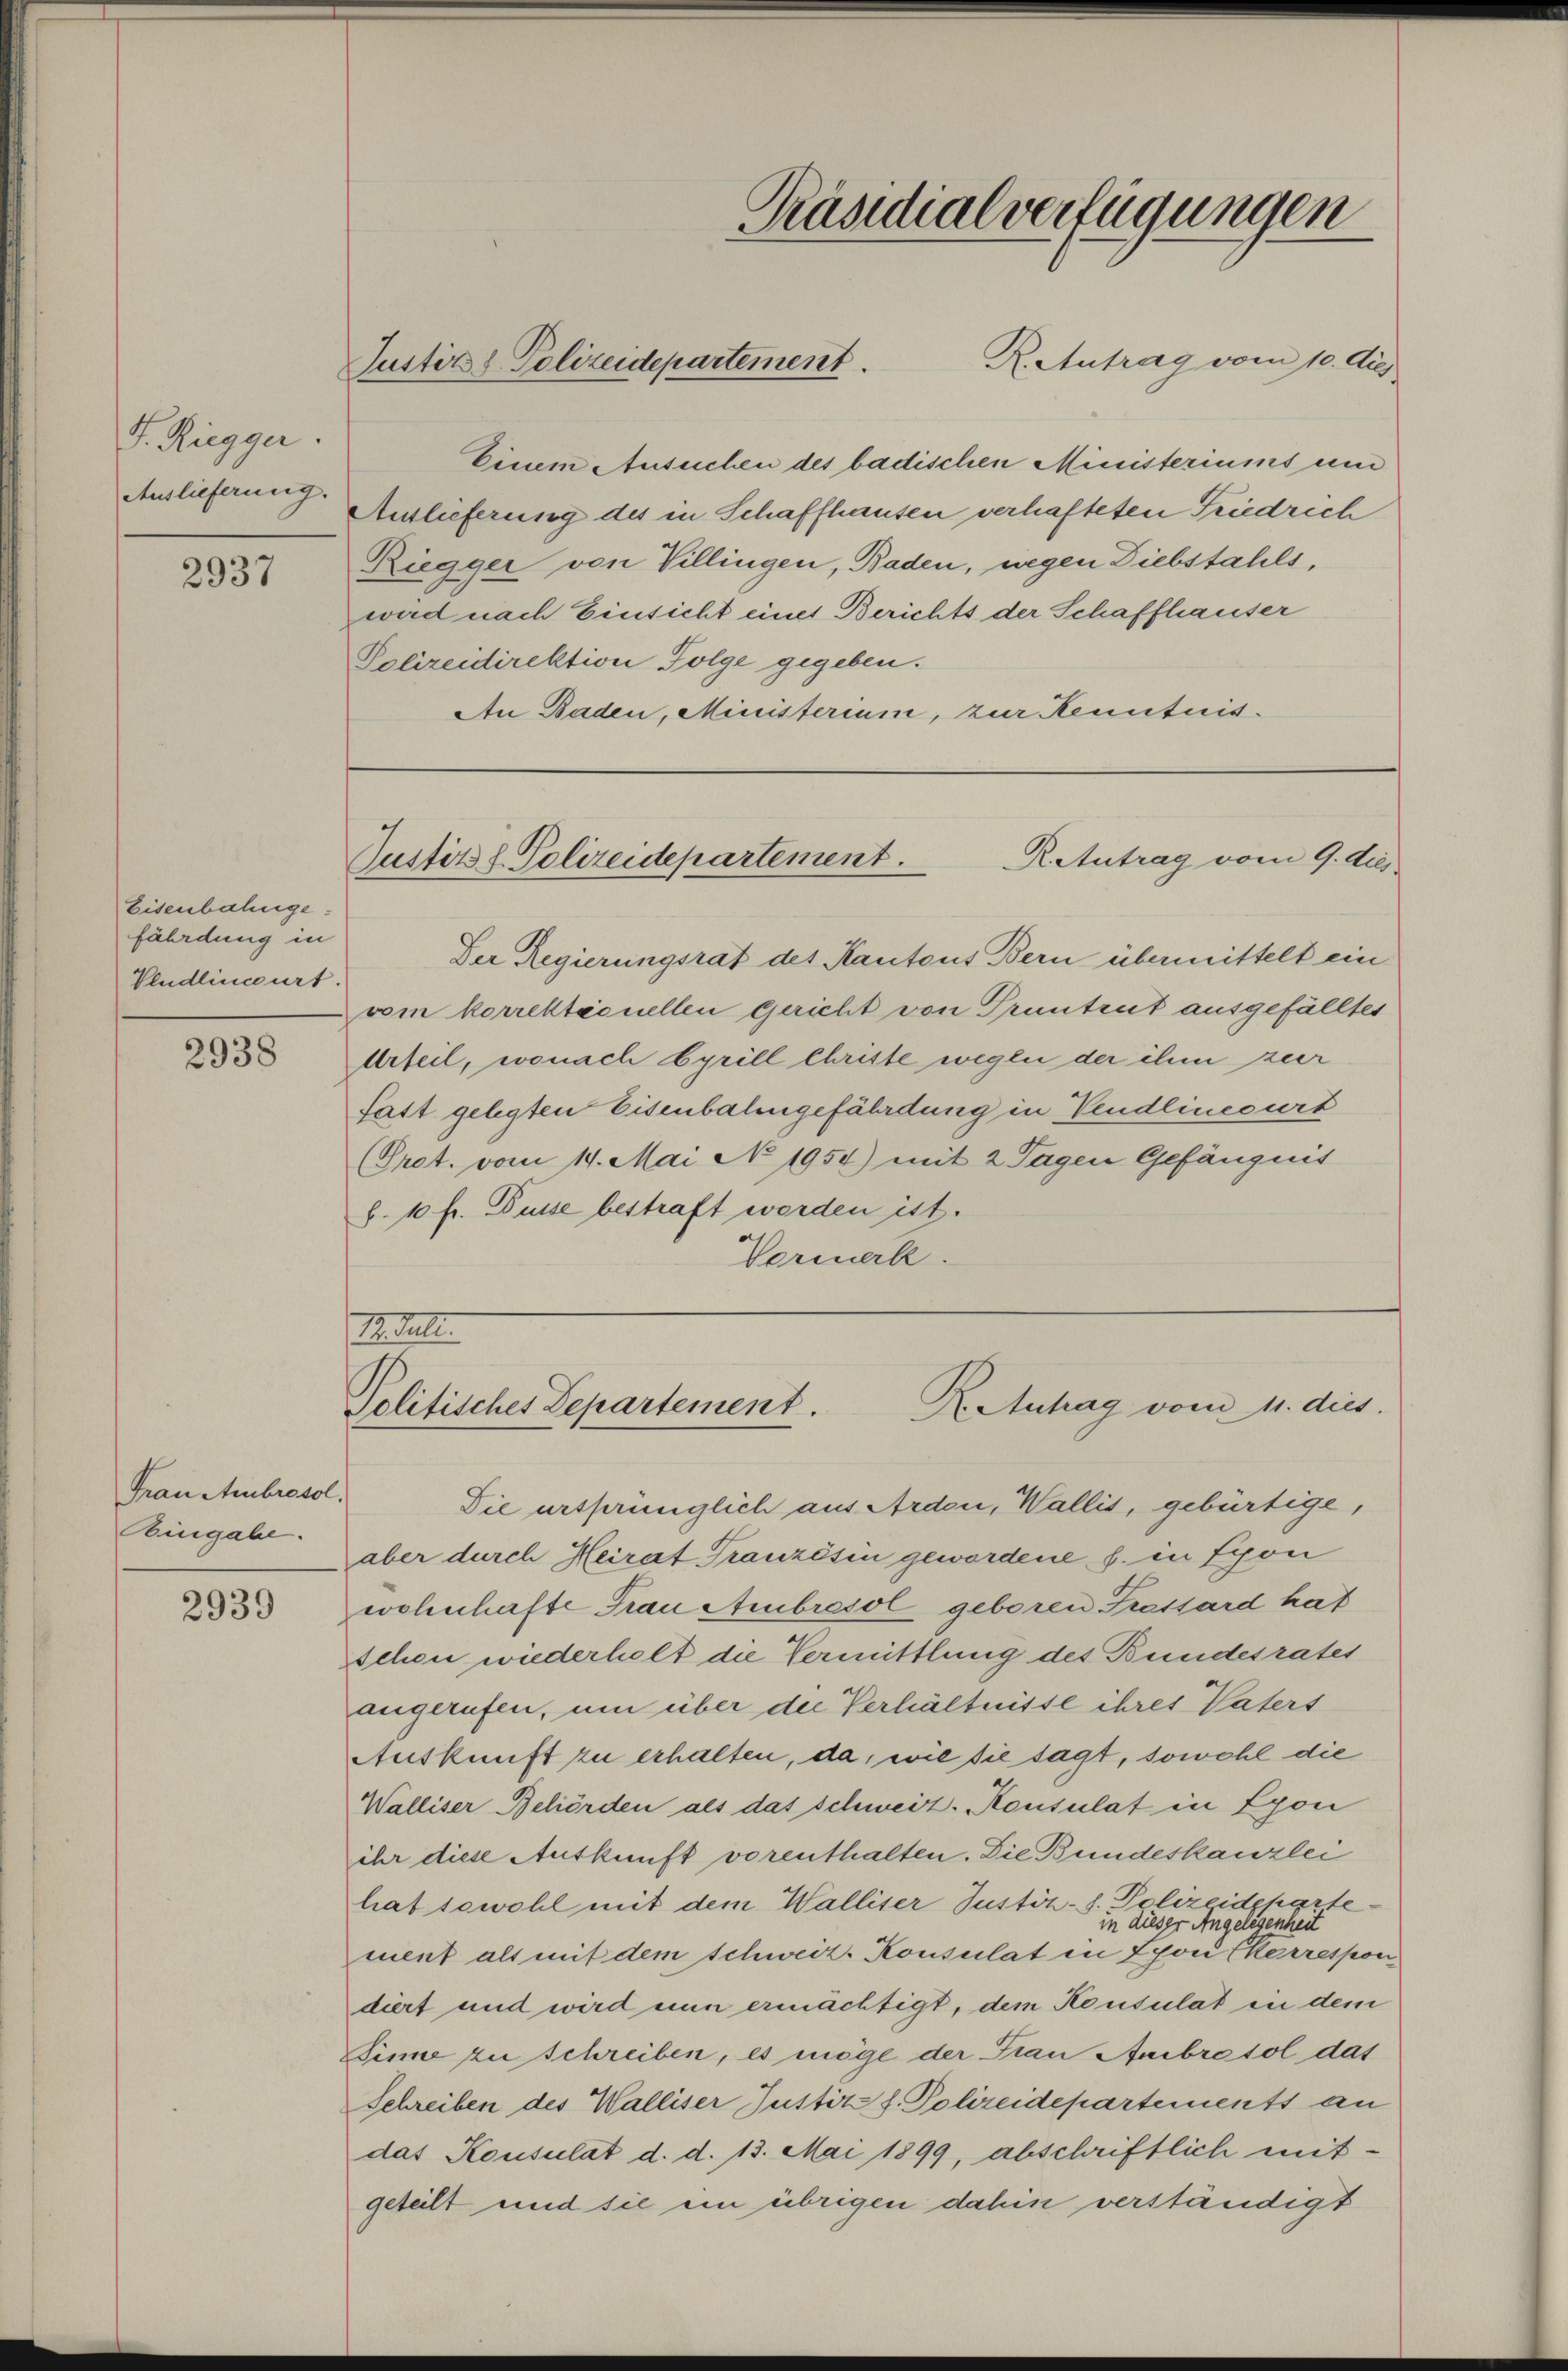
J. Riegger.
Auslieferung.

2937

Eisenbahnge:
fährdung in
Vendlincurt.

2938

Frau Ambrosol.
Ringabe.

2939

Justiz & Polizeidepartement.

Präsidialverfügungen

R. Antrag vom 9. dies
Justiz & Polizeidepartement.

Einem Ansuchen des badischen Ministeriums un
Auslieferung des in Schaffhausen verhafteten Friedrich
Riegger von Villingen, Baden, wegen Diebstahls,
wird nach Einsicht eines Berichts der Schaffhauser
Polizeidirektion Folge gegeben.
An Baden, Ministerium, zur Kenntnis¬

R. Antrag vom 10. Aug.

Roell
R. Antrag vom 11. dies
Politisches Departement.

Der Regierungsrat des Kantons Bern übermittelt ein
vom korrektionellen gericht von Truntrut ausgefälltes
Urteil, wonach Eyrill Christe wegen der ihm zuer
Satt gelegten Eisenbalengefährdung in Vendlinecurt
(Prct. vom 19. Mai No 1954) mit 2 Tagen Gefängnis
§. 10 fr. Busse bestraft werden ist.
Vormerk.

Die ursprünglich aus Arden, Wallis, gebürtige,
aber durch Heirat Tranzösin gewordene s. in Spon
wohnhafte Frau Ambrosol geboren Trassard hat
schon wiederholt die Vermittlung des Bundesrates
angerufen, um über die Verhältnisse ihres Vaters
Auskunft zu erhalten, da, wie sie sagt, sowohl die
Walliser Behörden als das schweiz. Konsulat in Lyon
ihr diese Auskunft vorenthalten. Die Bundeskanzlei
hat sowohl mit dem Walliser Justiz-S. Polizeideparte
in dieser Angelegenheit
ment als mit dem Schweiz. Konsulat in Lyon Ekerrespon
diert und wird nun ermächtigt, dem Konsulat in dem
Sinne zu schreiben, es möge der Frau Ambrosol das
Schreiben des Walliser Justiz z. Polizeidepartements an
das Konsulat d. d. 13. Mai 1899, abschriftlich mit-
geteilt und sie ein übrigen dahin verständigt